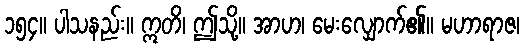
၁၅၄။ ပါသနည်း။ ဣတိ၊ ဤသို့။ အာဟ၊ မေးလျှောက်၏။ မဟာရာဇ၊